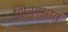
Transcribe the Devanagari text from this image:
शिवण्यात